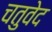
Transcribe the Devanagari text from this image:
चतुवेद